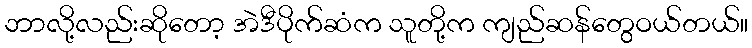
ဘာလို့လည်းဆိုတော့ အဲဒီပိုက်ဆံက သူတို့က ကျည်ဆန်တွေဝယ်တယ်။